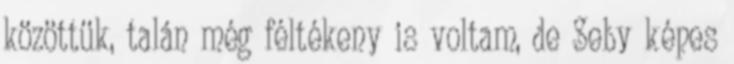
közöttük, talán még féltékeny is voltam, de Seby képes